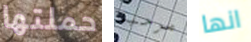
حملتها مرحبا انها